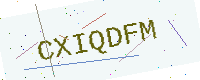
Text: CXIQDFM